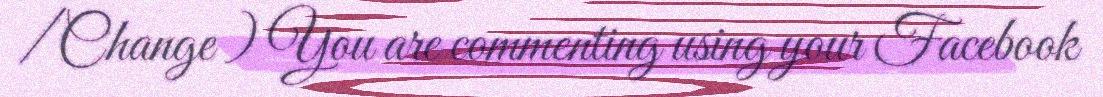
/ Change ) You are commenting using your Facebook